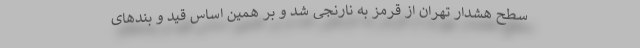
سطح هشدار تهران از قرمز به نارنجی شد و بر همین اساس قید و بندهای